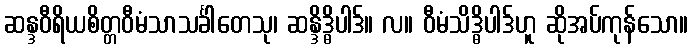
ဆန္ဒဝီရိယစိတ္တဝီမံသာသင်္ခါတေသု၊ ဆန္ဒိဒ္ဓိပါဒ်။ လ။ ဝီမံသိဒ္ဓိပါဒ်ဟူ ဆိုအပ်ကုန်သော။